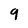
Character: 9